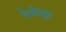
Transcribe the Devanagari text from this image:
तेजोदृप्त